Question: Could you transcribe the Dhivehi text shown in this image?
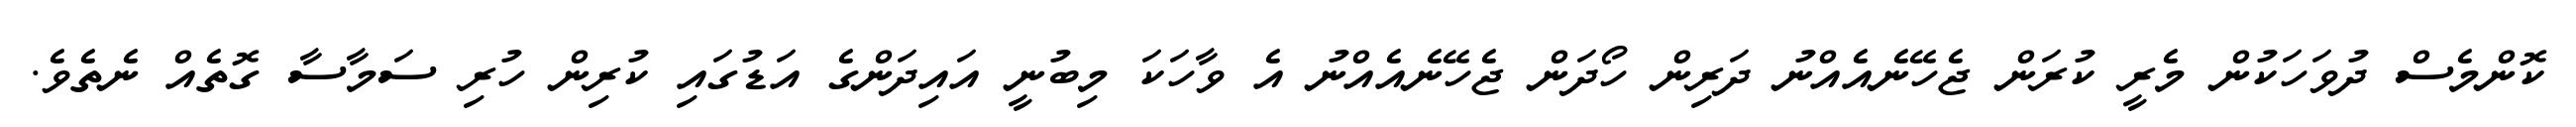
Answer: ކޮންމެސް ދުވަހަކުން މެރީ ކުރަން ޖެހޭނެއެއްނު ދަރިން ހޯދަން ޖެހޭނެއެއްނު އެ ވާހަކަ މިބުނީ އައިދަންގެ އަޑުގައި ކުރިން ހުރި ސަމާސާ ގޮތެއް ނެތެވެ.